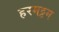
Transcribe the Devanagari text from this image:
हरमट्टम